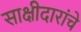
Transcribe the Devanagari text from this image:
साक्षीदारांचे